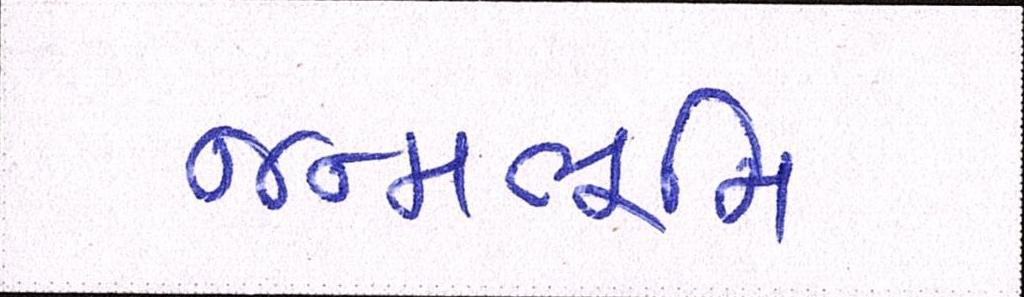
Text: જન્મભૂમિ